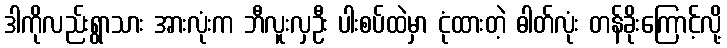
ဒါကိုလည်းရွာသား အားလုံးက ဘီလူးလှဦး ပါးစပ်ထဲမှာ ငုံထားတဲ့ ဓါတ်လုံး တန်ခိုးကြောင့်လို့